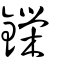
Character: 鑅